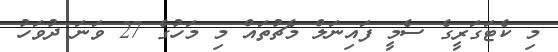
މި ކެޓަގަރީގެ ސެމީ ފައިނަލް މެޗުތައް މި މަހުގެ 27 ވަނަ ދުވަހު